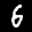
Label: 6